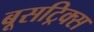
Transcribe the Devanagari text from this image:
बूसट्रिक्स